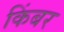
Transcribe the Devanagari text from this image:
किंबर